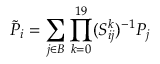
\tilde { P } _ { i } = \sum _ { j \in B } \prod _ { k = 0 } ^ { 1 9 } ( S _ { i j } ^ { k } ) ^ { - 1 } P _ { j }